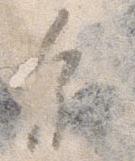
参